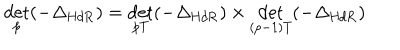
LaTeX: \det _ { p } ( - \Delta _ { \mathrm { H d R } } ) = \det _ { p T } ( - \Delta _ { \mathrm { H d R } } ) \times \det _ { ( p - 1 ) T } ( - \Delta _ { \mathrm { H d R } } )